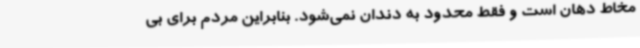
مخاط دهان است و فقط محدود به دندان نمی‌شود. بنابراین مردم برای بی